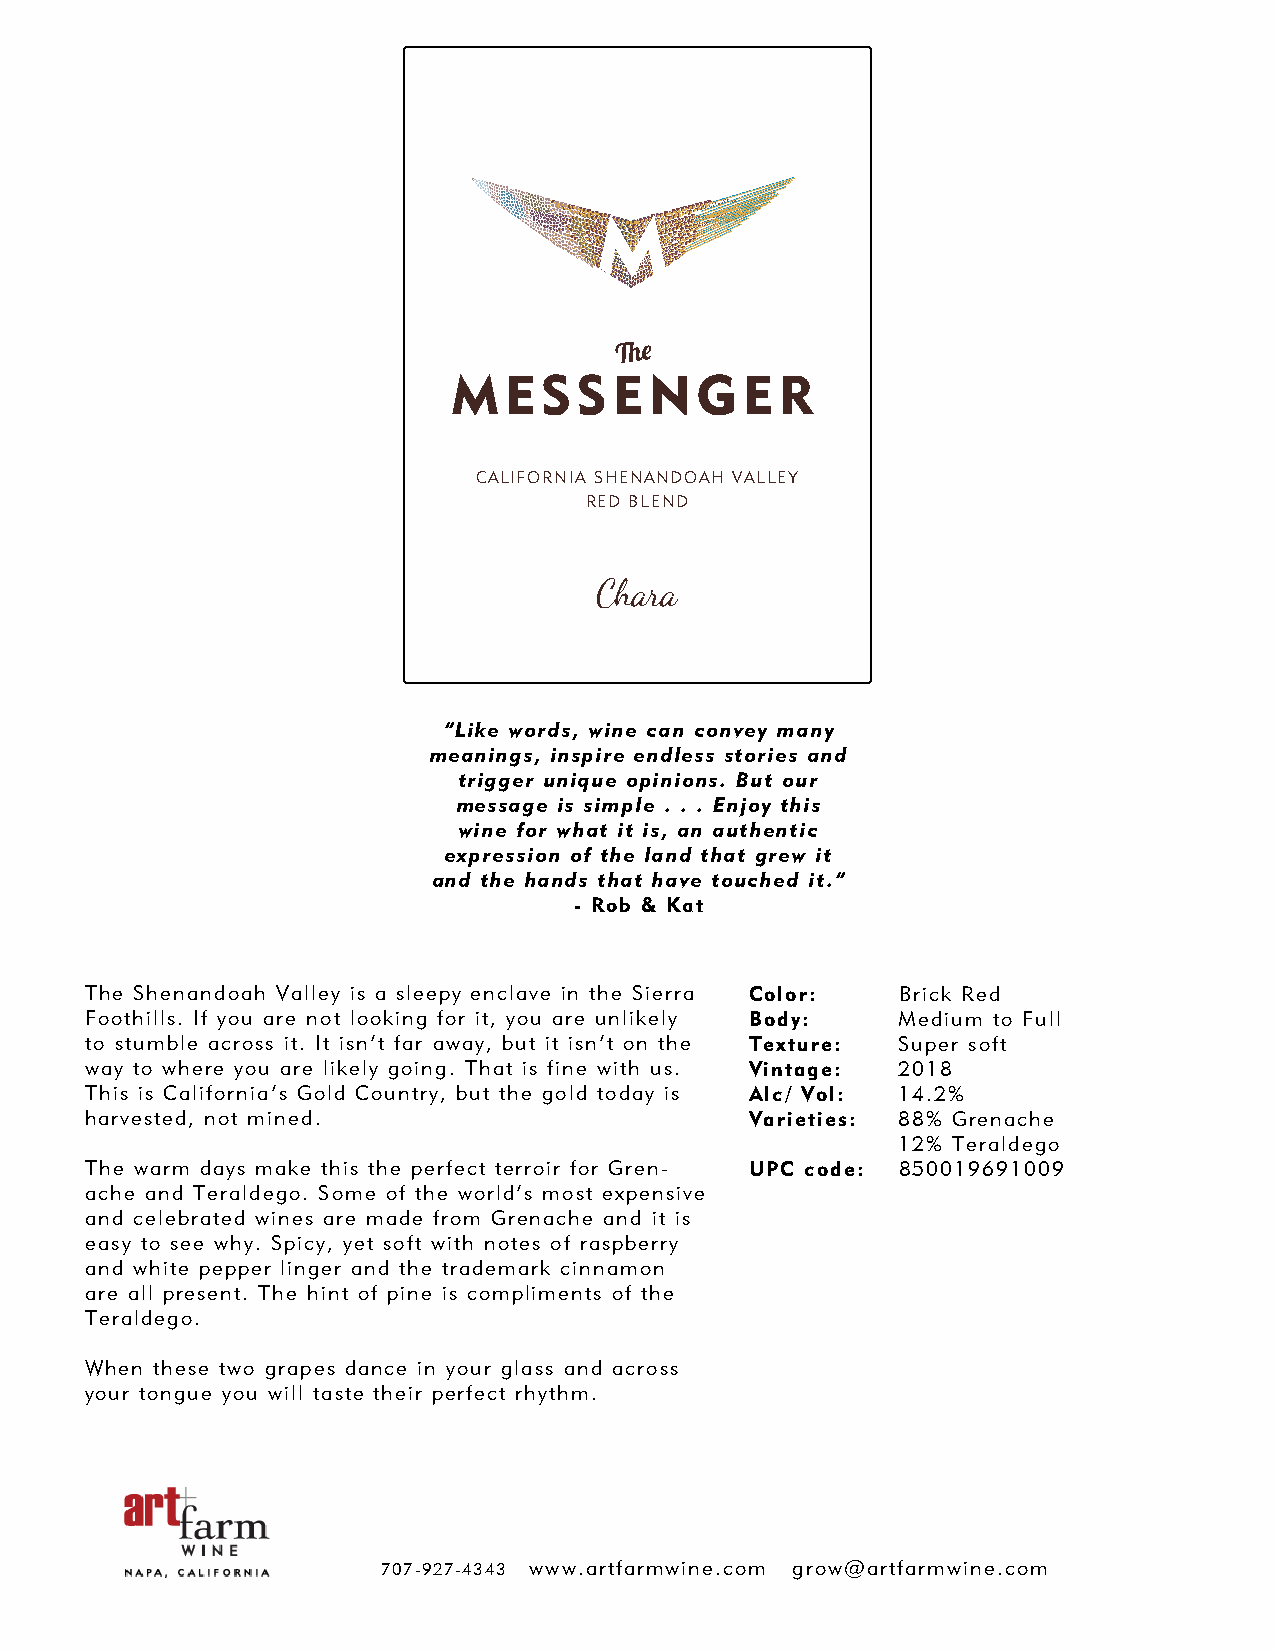
CALIFORNIA SHENANDOAH VALLEY
 RED BLEND
 Chara
 “Like words, wine can convey many
 meanings, inspire endless stories and
 trigger unique opinions. But our
 message is simple . . . Enjoy this
 wine for what it is, an authentic
 expression of the land that grew it
 and the hands that have touched it.”
 - Rob & Kat
 The Shenandoah Valley is a sleepy enclave in the Sierra Color: Brick Red
 Foothills. If you are not looking for it, you are unlikely Body: Medium to Full
 to stumble across it. It isn’t far away, but it isn’t on the Texture: Super soft
 way to where you are likely going. That is fine with us. Vintage: 2018
 This is California’s Gold Country, but the gold today is Alc/ Vol: 14.2%
 harvested, not mined.                       Varieties: 88% Grenache
 12% Teraldego
 The warm days make this the perfect terroir for Gren- UPC code: 850019691009
 ache and Teraldego. Some of the world’s most expensive
 and celebrated wines are made from Grenache and it is
 easy to see why. Spicy, yet soft with notes of raspberry
 and white pepper linger and the trademark cinnamon
 are all present. The hint of pine is compliments of the
 Teraldego.
 When these two grapes dance in your glass and across
 your tongue you will taste their perfect rhythm.
 707-927-4343 www.artfarmwine.com grow@artfarmwine.com